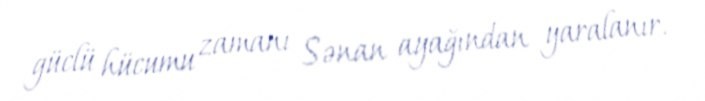
güclü hücumu zamanı Sənan ayağından yaralanır.